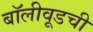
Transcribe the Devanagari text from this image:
बॉलीवूडची